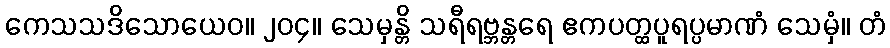
ကေသသဒိသောယေဝ။ ၂၀၄။ သေမှန္တိ သရီရဗ္ဘန္တရေ ဧကပတ္ထပူရပ္ပမာဏံ သေမှံ။ တံ